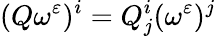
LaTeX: (Q\omega^{\varepsilon})^{i}=Q_{j}^{i}(\omega^{\varepsilon})^{j}